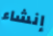
إنشاء